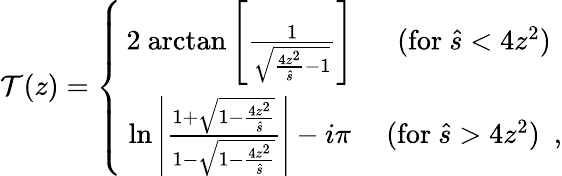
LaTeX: {\cal T}(z)=\left\{ \begin{array}{cc}{{2\mathrm{~arctan}\left[\frac{1}{\sqrt{\frac{4z^{2}}{\hat{s}}-1}}\right]}}&{{(\mathrm{for~}\hat{s}<4z^{2})}}\\ {{\mathrm{~ln}\left|\frac{1+\sqrt{1-\frac{4z^{2}}{\hat{s}}}}{1-\sqrt{1-\frac{4z^{2}}{\hat{s}}}}\right|-i\pi~}}&{{(\mathrm{for~}\hat{s}>4z^{2})\ \ ,}}\end{array}\right.